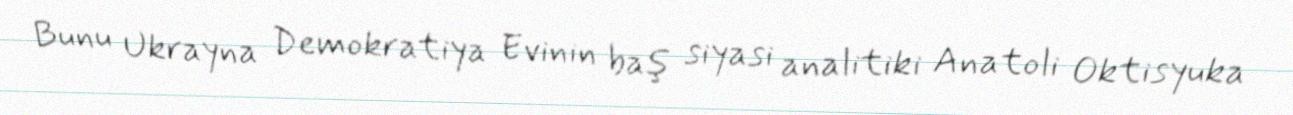
Bunu Ukrayna Demokratiya Evinin baş siyasi analitiki Anatoli Oktisyuka